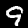
Digit: 9